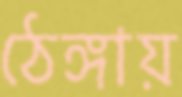
ঠেঙ্গায়